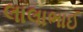
લાલાભાઈ